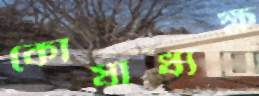
কোষাধ্যক্ষ